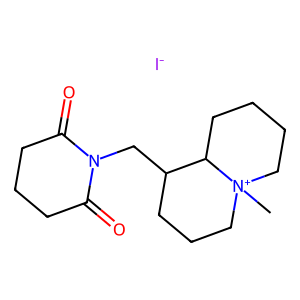
SMILES: C[N+]12CCCCC1C(CN1C(=O)CCCC1=O)CCC2.[I-]
Inhibits HIV replication: No